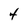
Character: 4